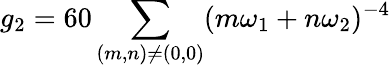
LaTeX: g_{2}=60\sum_{(m,n)\neq(0,0)}(m\omega_{1}+n\omega_{2})^{-4}